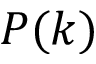
P ( k )